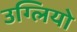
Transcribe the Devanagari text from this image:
उग्लियो